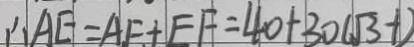
\therefore A E = A F + E F = 4 0 + 3 0 ( \sqrt { 3 } - 1 )